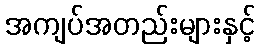
အကျပ်အတည်းများနှင့်